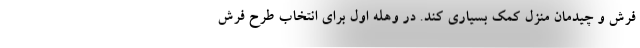
فرش و چیدمان منزل کمک بسیاری کند. در وهله اول برای انتخاب طرح فرش